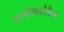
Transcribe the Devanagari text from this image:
गुरुगीताक्षरैकैकं